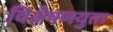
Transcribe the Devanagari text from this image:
विश्लेषणयुक्त